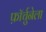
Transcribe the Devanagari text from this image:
फ़ॉर्चुनेला